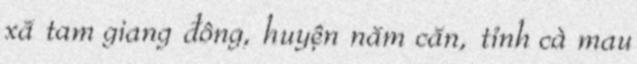
xã tam giang đông, huyện năm căn, tỉnh cà mau